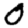
Digit: 0